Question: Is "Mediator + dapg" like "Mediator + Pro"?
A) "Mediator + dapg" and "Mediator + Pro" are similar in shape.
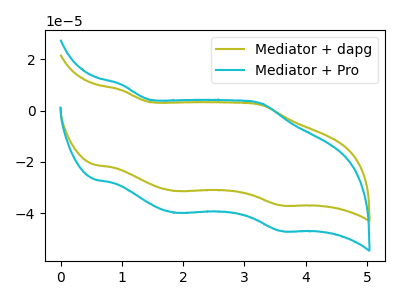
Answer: <think>The olive curve "Mediator + dapg" has anodic peaks at (1.00V, 8.05uA) (3.30V, 2.20uA) and cathodic peaks at (1.90V, -31.35uA) (3.60V, -36.95uA). The cyan curve "Mediator + Pro" has anodic peaks at (1.00V, 10.25uA) (3.30V, 2.75uA) and cathodic peaks at (1.90V, -39.85uA) (3.60V, -46.95uA).
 All the peaks in "Mediator + dapg" have a peak in "Mediator + Pro" at the same potential. Every peak in "Mediator + dapg" is lower than every peak in "Mediator + Pro".</think>
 <answer>A) "Mediator + dapg" and "Mediator + Pro" are similar in shape.</answer>
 <eval>A</eval>